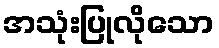
အသုံးပြုလိုသော